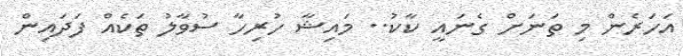
އަހަރެން މި ތަނަށް ގެނައީ ކާކު.. މައިޝާ ހުރިހާ ސުވާލު ތަކެއް ފަދައިން